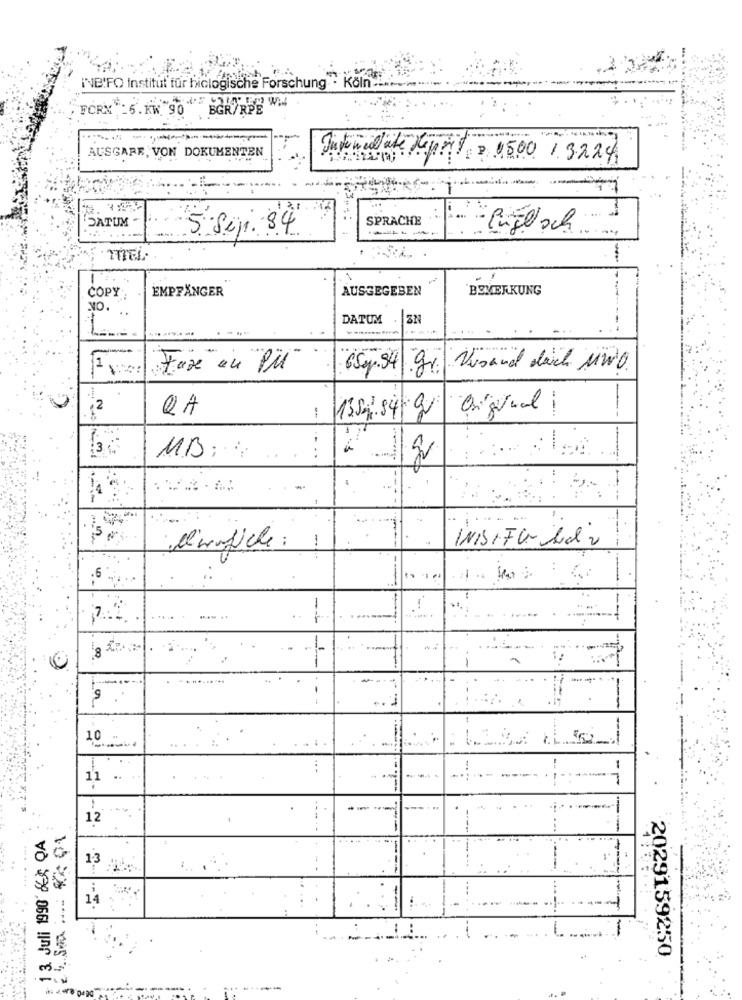
INBIFO Institut für hiclogische Forschung . Köln
FORM -5. KW 90"BGR/RPE W
AUSGARE, VON DOKUMENTEN
Intercalate Mepor = 1500 1.3224
SPRACHE
SATUM -
· Rüge sch
5-Seji. 84
-
1
-
COPY
AUSGEGEBEN
BEMERKUNG
EMPFÄNGER
NO.
..
DATUM
1
Fax in PM
6Sep.94 gr. Vusand daich MW0
2
QA
!
--
13.59.84 Cv
13
MB;
...
INDSIFG Led 2
M'enfiche:
1
.6
-a
---
--
10
--
.
11
.
12
1 3. Juli 1990'&¢ QA
1-3
14
2029159250